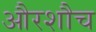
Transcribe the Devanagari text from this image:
औरशौच